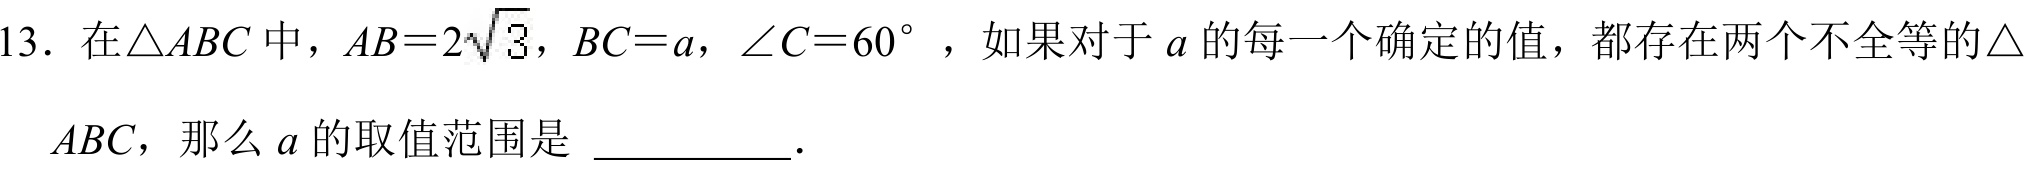
13．在$\triangle ABC$中，$AB = 2\sqrt{3}$，$BC = a$，$\angle C = 60^{\circ}$，如果对于$a$的每一个确定的值，都存在两个不全等的$\triangle ABC$，那么$a$的取值范围是  ．